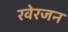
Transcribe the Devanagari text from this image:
रवेरजन